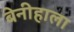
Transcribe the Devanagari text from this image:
बेनीहाला